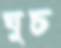
ঘুচ